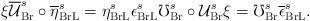
LaTeX: \begin{align*}\xi \overline{\mathcal{U}}_{\mathrm{Br}}^{s}\circ \overline{\eta }_{\mathrm{BrL}}^{s}=\eta _{\mathrm{BrL}}^{s}\epsilon _{\mathrm{BrL}}^{s}\mho _{\mathrm{Br}}^{s}\circ \mathcal{U}_{\mathrm{Br}}^{s}\xi =\mho_{\mathrm{Br}}^{s}\overline{\epsilon }_{\mathrm{BrL}}^{s}.\end{align*}